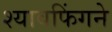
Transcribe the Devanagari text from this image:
श्यावफिंगने